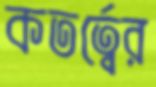
কতর্ত্বের